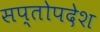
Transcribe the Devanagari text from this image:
सप्तोपदेश